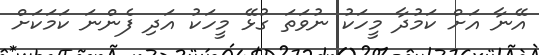
އޭނާ އަށް ކަމުދާ މީހަކު ނުވަތަ ގުޅޭ މީހަކު އަދި ފެންނަ ކަމަކަށް